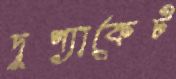
দুপ্যাকেট